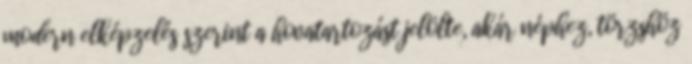
modern elképzelés szerint a hovatartozást jelölte, akár néphez, törzshöz